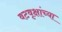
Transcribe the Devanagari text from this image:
वटवृक्षांच्या